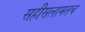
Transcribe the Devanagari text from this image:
सहीसलामतच